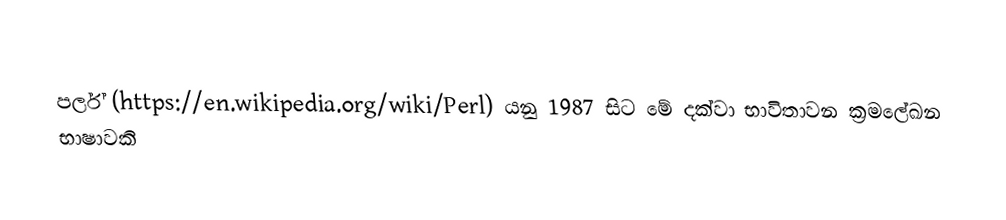
පර්ල් (https://en.wikipedia.org/wiki/Perl) යනු 1987 සිට මේ දක්වා භාවිතාවන ක්‍රමලේඛන භාෂාවකි